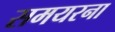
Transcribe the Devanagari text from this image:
समयरना